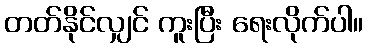
တတ်နိုင်လျှင် ကူးပြီး ရေးလိုက်ပါ။